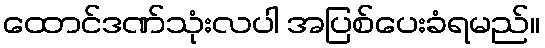
ထောင်ဒဏ်သုံးလပါ အပြစ်ပေးခံရမည်။